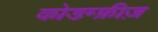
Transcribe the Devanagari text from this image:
कोडम्फ्रीज़